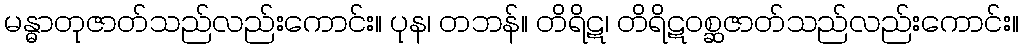
မန္ဓာတုဇာတ်သည်လည်းကောင်း။ ပုန၊ တဘန်။ တိရိဋ၊ တိရိဋဝစ္ဆဇာတ်သည်လည်းကောင်း။